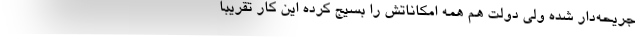
جریحه‌دار شده ولی دولت هم همه امکاناتش را بسیج کرده این کار تقریباً